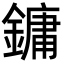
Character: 鏞